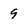
Character: 9